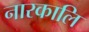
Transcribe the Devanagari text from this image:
नारकालि